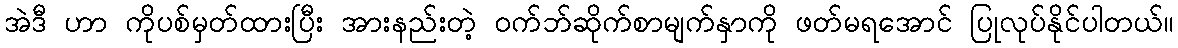
အဲဒီ ဟာ ကိုပစ်မှတ်ထားပြီး အားနည်းတဲ့ ဝက်ဘ်ဆိုက်စာမျက်နှာကို ဖတ်မရအောင် ပြုလုပ်နိုင်ပါတယ်။